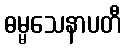
ဓမ္မသေနာပတီ